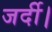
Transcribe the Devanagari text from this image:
जर्दी।